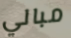
مبالي